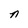
Character: n